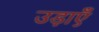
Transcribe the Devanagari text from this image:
उड़ाएँ